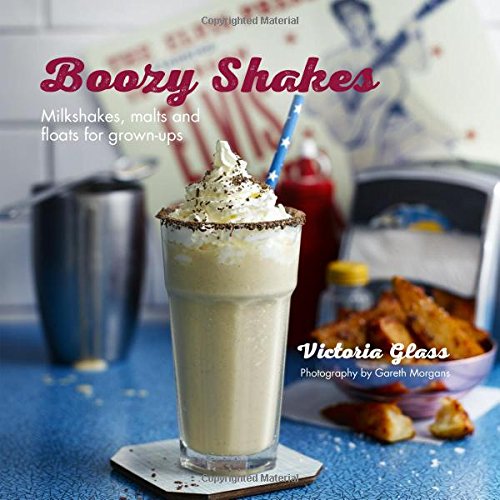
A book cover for Boozy Shakes: Grown-up Boozy Milkshakes, Malts, Floats and Frappes; Victoria Glass; Cookbooks, Food & Wine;